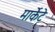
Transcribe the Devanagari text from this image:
मार्केटे